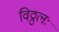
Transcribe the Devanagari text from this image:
विठ्ठलः